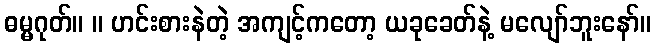
ဓမ္မဂုတ်။ ။ ဟင်းစားနဲတဲ့ အကျင့်ကတော့ ယခုခေတ်နဲ့ မလျော်ဘူးနော်။